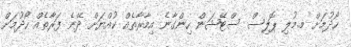
ހޯދުމަށް މ.މުލި ޕޮލިސް ސްޓޭޝަން ހިންގާނެ އިމާރާތެއް ކުއްޔަށް ދޭނެ ފަރާތެއް ހޯދުމަށް